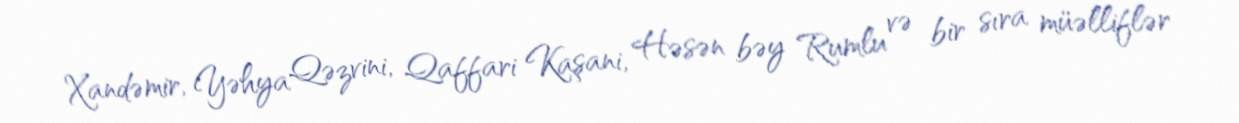
Xandəmir, Yəhya Qəzvini, Qaffari Kaşani, Həsən bəy Rumlu və bir sıra müəlliflər